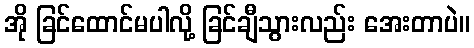
အို ခြင်ထောင်မပါလို့ ခြင်ချီသွားလည်း အေးတာပဲ။